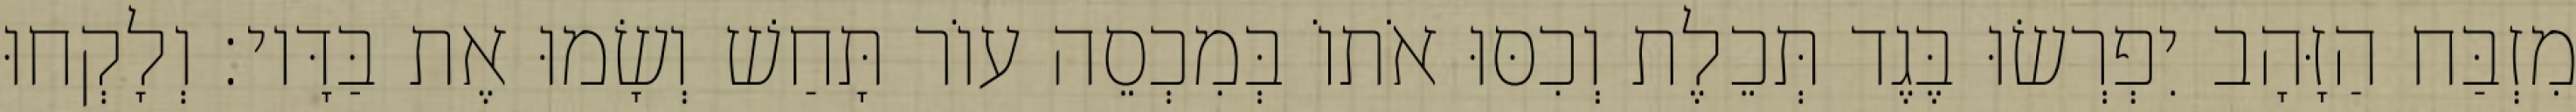
מִזְבַּח הַזָּהָב יִפְרְשׂוּ בֶּגֶד תְּכֵלֶת וְכִסּוּ אֹתוֹ בְּמִכְסֵה עוֹר תָּחַשׁ וְשָׂמוּ אֶת בַּדָּיו׃ וְלָקְחוּ